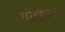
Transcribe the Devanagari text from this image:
गोल्ड्बर्ग